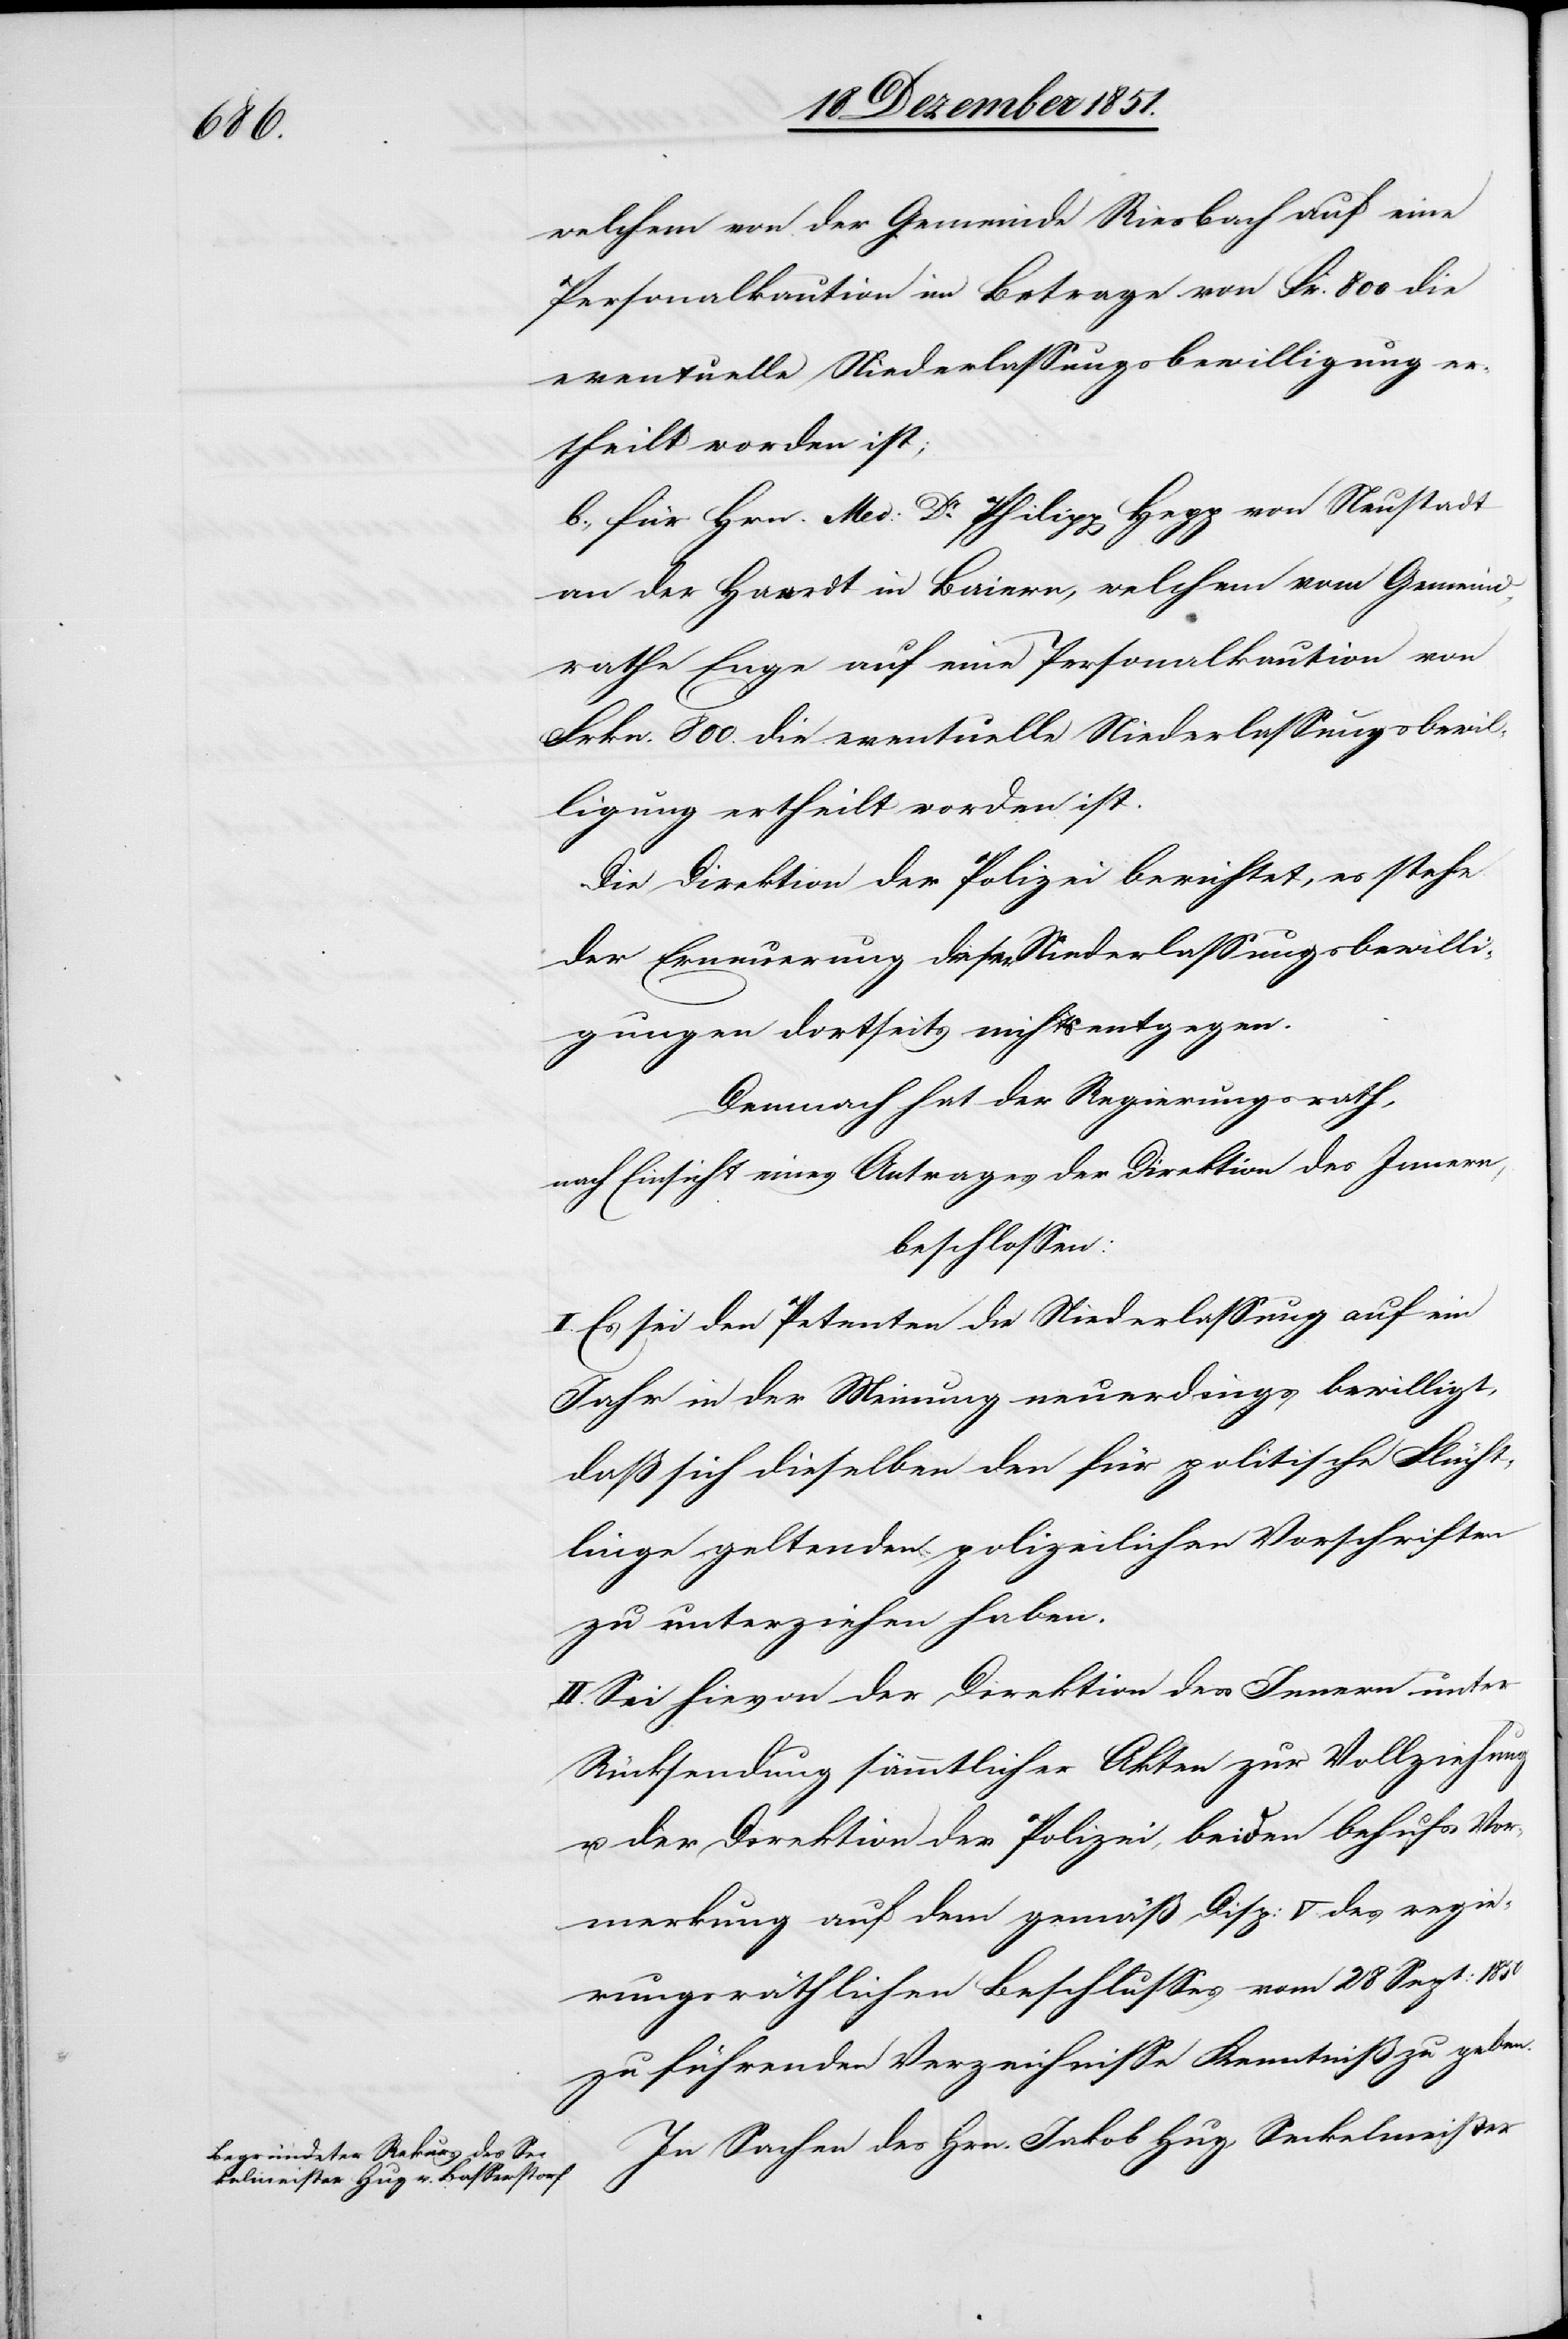
welchem von der Gemeinde Riesbach auf eine
Personalkaution im Betrage von Fr. 800 die
eventuelle Niederlassungsbewilligung er¬
theilt worden ist;
b., für Hrn. Med: Dr. Philipp Hepp von Neustadt
an der Haardt in Baiern, welchem vom Gemeind¬
rathe Enge auf eine Personalkaution von
Frkn. 800. die eventuelle Niederlassungsbewil¬
ligung ertheilt worden ist.
Die Direktion der Polizei berichtet, es stehe
der Erneuerung dieser Niederlassungsbewilli¬
gungen dortseits nichts entgegen.
Demnach hat der Regierungsrath,
nach Einsicht eines Antrages der Direktion des Innern,
beschlossen:
I. Es sei den Petenten die Niederlassung auf ein
Jahr in der Meinung neuerdings bewilligt,
daß sich dieselben den für politische Flücht¬
linge geltenden polizeilichen Vorschriften
zu unterziehen haben.
II. Sei hievon der Direktion des Innern unter
Rücksendung sämmtlicher Akten zur Vollziehung
u. der Direktion der Polizei, beiden behufs Vor¬
merkung auf dem gemäß Disp: V des regi¬
erungsräthlichen Beschlusses vom 28 Sept: 1850
zu führenden Verzeichnisse Kenntniß zu geben.
In Sachen des Hrn. Jakob Hug, Seckelmeister